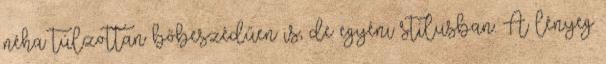
néha túlzottan bőbeszédűen is, de egyéni stílusban. A lényeg